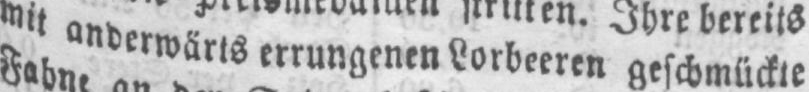
mit anderwärts errungenen Lorbeeren geschmückte